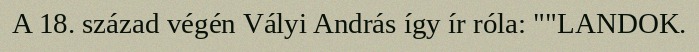
A 18. század végén Vályi András így ír róla: ""LANDOK.